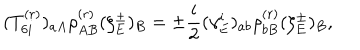
( T _ { 6 i } ^ { ( r ) } ) _ { a A } \rho _ { A B } ^ { ( r ) } ( \zeta _ { E } ^ { \pm } ) _ { B } = \pm \frac { i } { 2 } ( \gamma _ { E } ^ { i } ) _ { a b } \rho _ { b B } ^ { ( r ) } ( \zeta _ { E } ^ { \pm } ) _ { B } ,